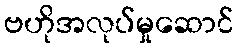
ဗဟိုအလုပ်မှုဆောင်